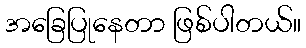
အခြေပြုနေတာ ဖြစ်ပါတယ်။